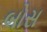
બોસ